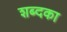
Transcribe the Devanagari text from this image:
शब्दका